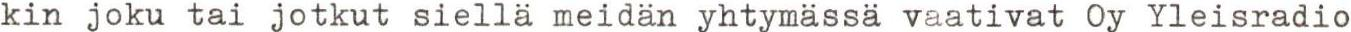
kin joku tai jotkut siellä meidän yhtymässä vaativat Oy Yleisradio